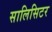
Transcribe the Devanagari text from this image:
सालिसिटर